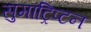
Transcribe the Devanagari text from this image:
सुमाट्रिप्टन